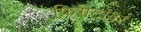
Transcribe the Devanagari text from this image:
फ्रिगेटांवर